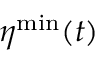
{ \boldsymbol \eta } ^ { \mathrm { m i n } } ( t )